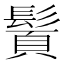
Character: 䰅